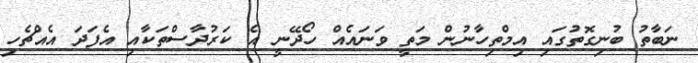
ނަބާތު ބުނިގޮތުގައި އިމްތިހާނުން މަތީ ވަނައެއް ހޯދޭނީ އެ ކަރުދާސްތަކާއި އެފަދަ އެއްޗެހި